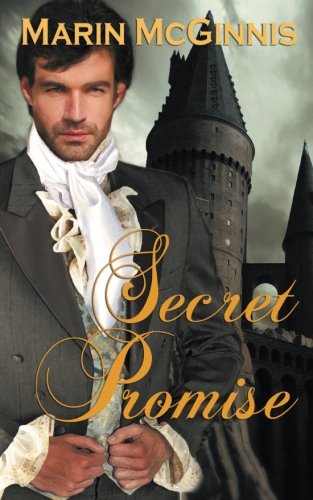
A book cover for Secret Promise; Marin McGinnis; Romance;